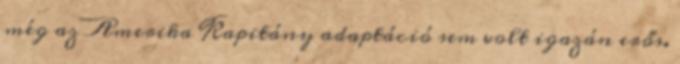
még az Amerika Kapitány adaptáció sem volt igazán erős.